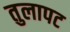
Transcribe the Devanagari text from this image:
तुलापट